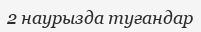
2 наурызда туғандар